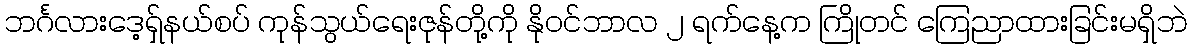
ဘင်္ဂလားဒေ့ရှ်နယ်စပ် ကုန်သွယ်ရေးဇုန်တို့ကို နိုဝင်ဘာလ ၂ ရက်နေ့က ကြိုတင် ကြေညာထားခြင်းမရှိဘဲ